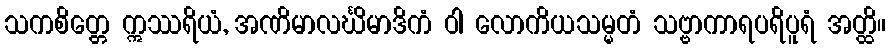
သကစိတ္တေ ဣဿရိယံ, အဏိမာလင်္ဃိမာဒိကံ ဝါ လောကိယသမ္မတံ သဗ္ဗာကာရပရိပူရံ အတ္ထိ။